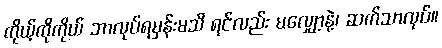
ကိုယ့်ကိုကိုယ် ဘာလုပ်ရမှန်းမသိ ရင်လည်း မလျှော့နဲ့၊ ဆက်သာလုပ်။